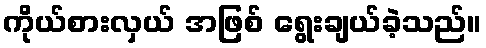
ကိုယ်စားလှယ် အဖြစ် ရွေးချယ်ခဲ့သည်။